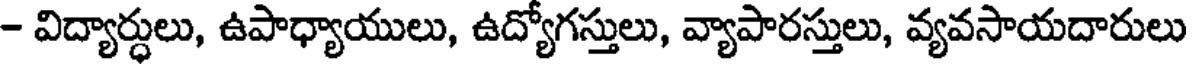
- విద్యార్థులు, ఉపాధ్యాయులు, ఉద్యోగస్తులు, వ్యాపారస్తులు, వ్యవసాయదారులు